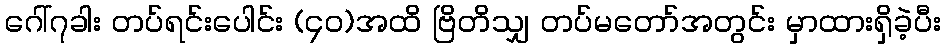
ဂေါ်၇ခါး တပ်ရင်းပေါင်း (၄၀)အထိ ဗြိတိသျှ တပ်မတော်အတွင်း မှာထားရှိခဲ့ပီး